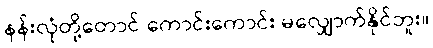
နန်းလုံတို့တောင် ကောင်းကောင်း မလျှောက်နိုင်ဘူး။